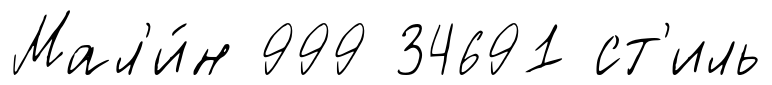
Мал'и́н 999 34691 ст'иль